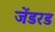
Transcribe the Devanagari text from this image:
जेंडरड